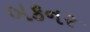
બકનર